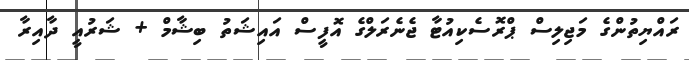
ރައްޔިތުންގެ މަޖިލިސް ޕްރޮސެކިއުޓާ ޖެނެރަލްގެ އޮފީސް އައިޝަތު ބިޝާމް + ޝަރުއީ ދާއިރާ